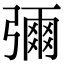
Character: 𭛅